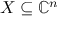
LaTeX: X \subseteq \mathbb { C } ^ { n }